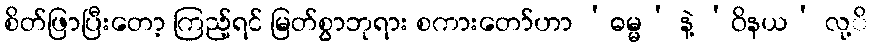
စိတ်ဖြာပြီးတော့ ကြည့်ရင် မြတ်စွာဘုရား စကားတော်ဟာ ‘ဓမ္မ’ နဲ့ ‘ဝိနယ’ လု့ိ